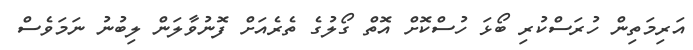
އަރިމަތިން ހުރަސްކުރި ބޯޅަ ހުސްކޮށް އޮތް ގޯލުގެ ތެރެއަށް ފޮނުވާލަން ލިބުނު ނަމަވެސް